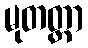
မုတတ္တာ